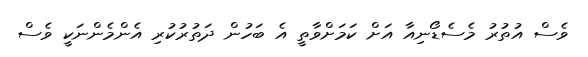
ވެސް އުތުރު މެސެޑޯނިއާ އަށް ކަމަށްވާތީ އެ ބަހުން ދަތުރުކުރި އެންމެންނަކީ ވެސް